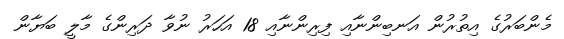
މެންބަރުގެ އިތުރުން އަނބިންނާއި ފިރިންނާއި 18 އަހަރު ނުވާ ދަރިންގެ މާލީ ބަޔާން